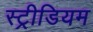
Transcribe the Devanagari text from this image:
स्ट्रीडियम